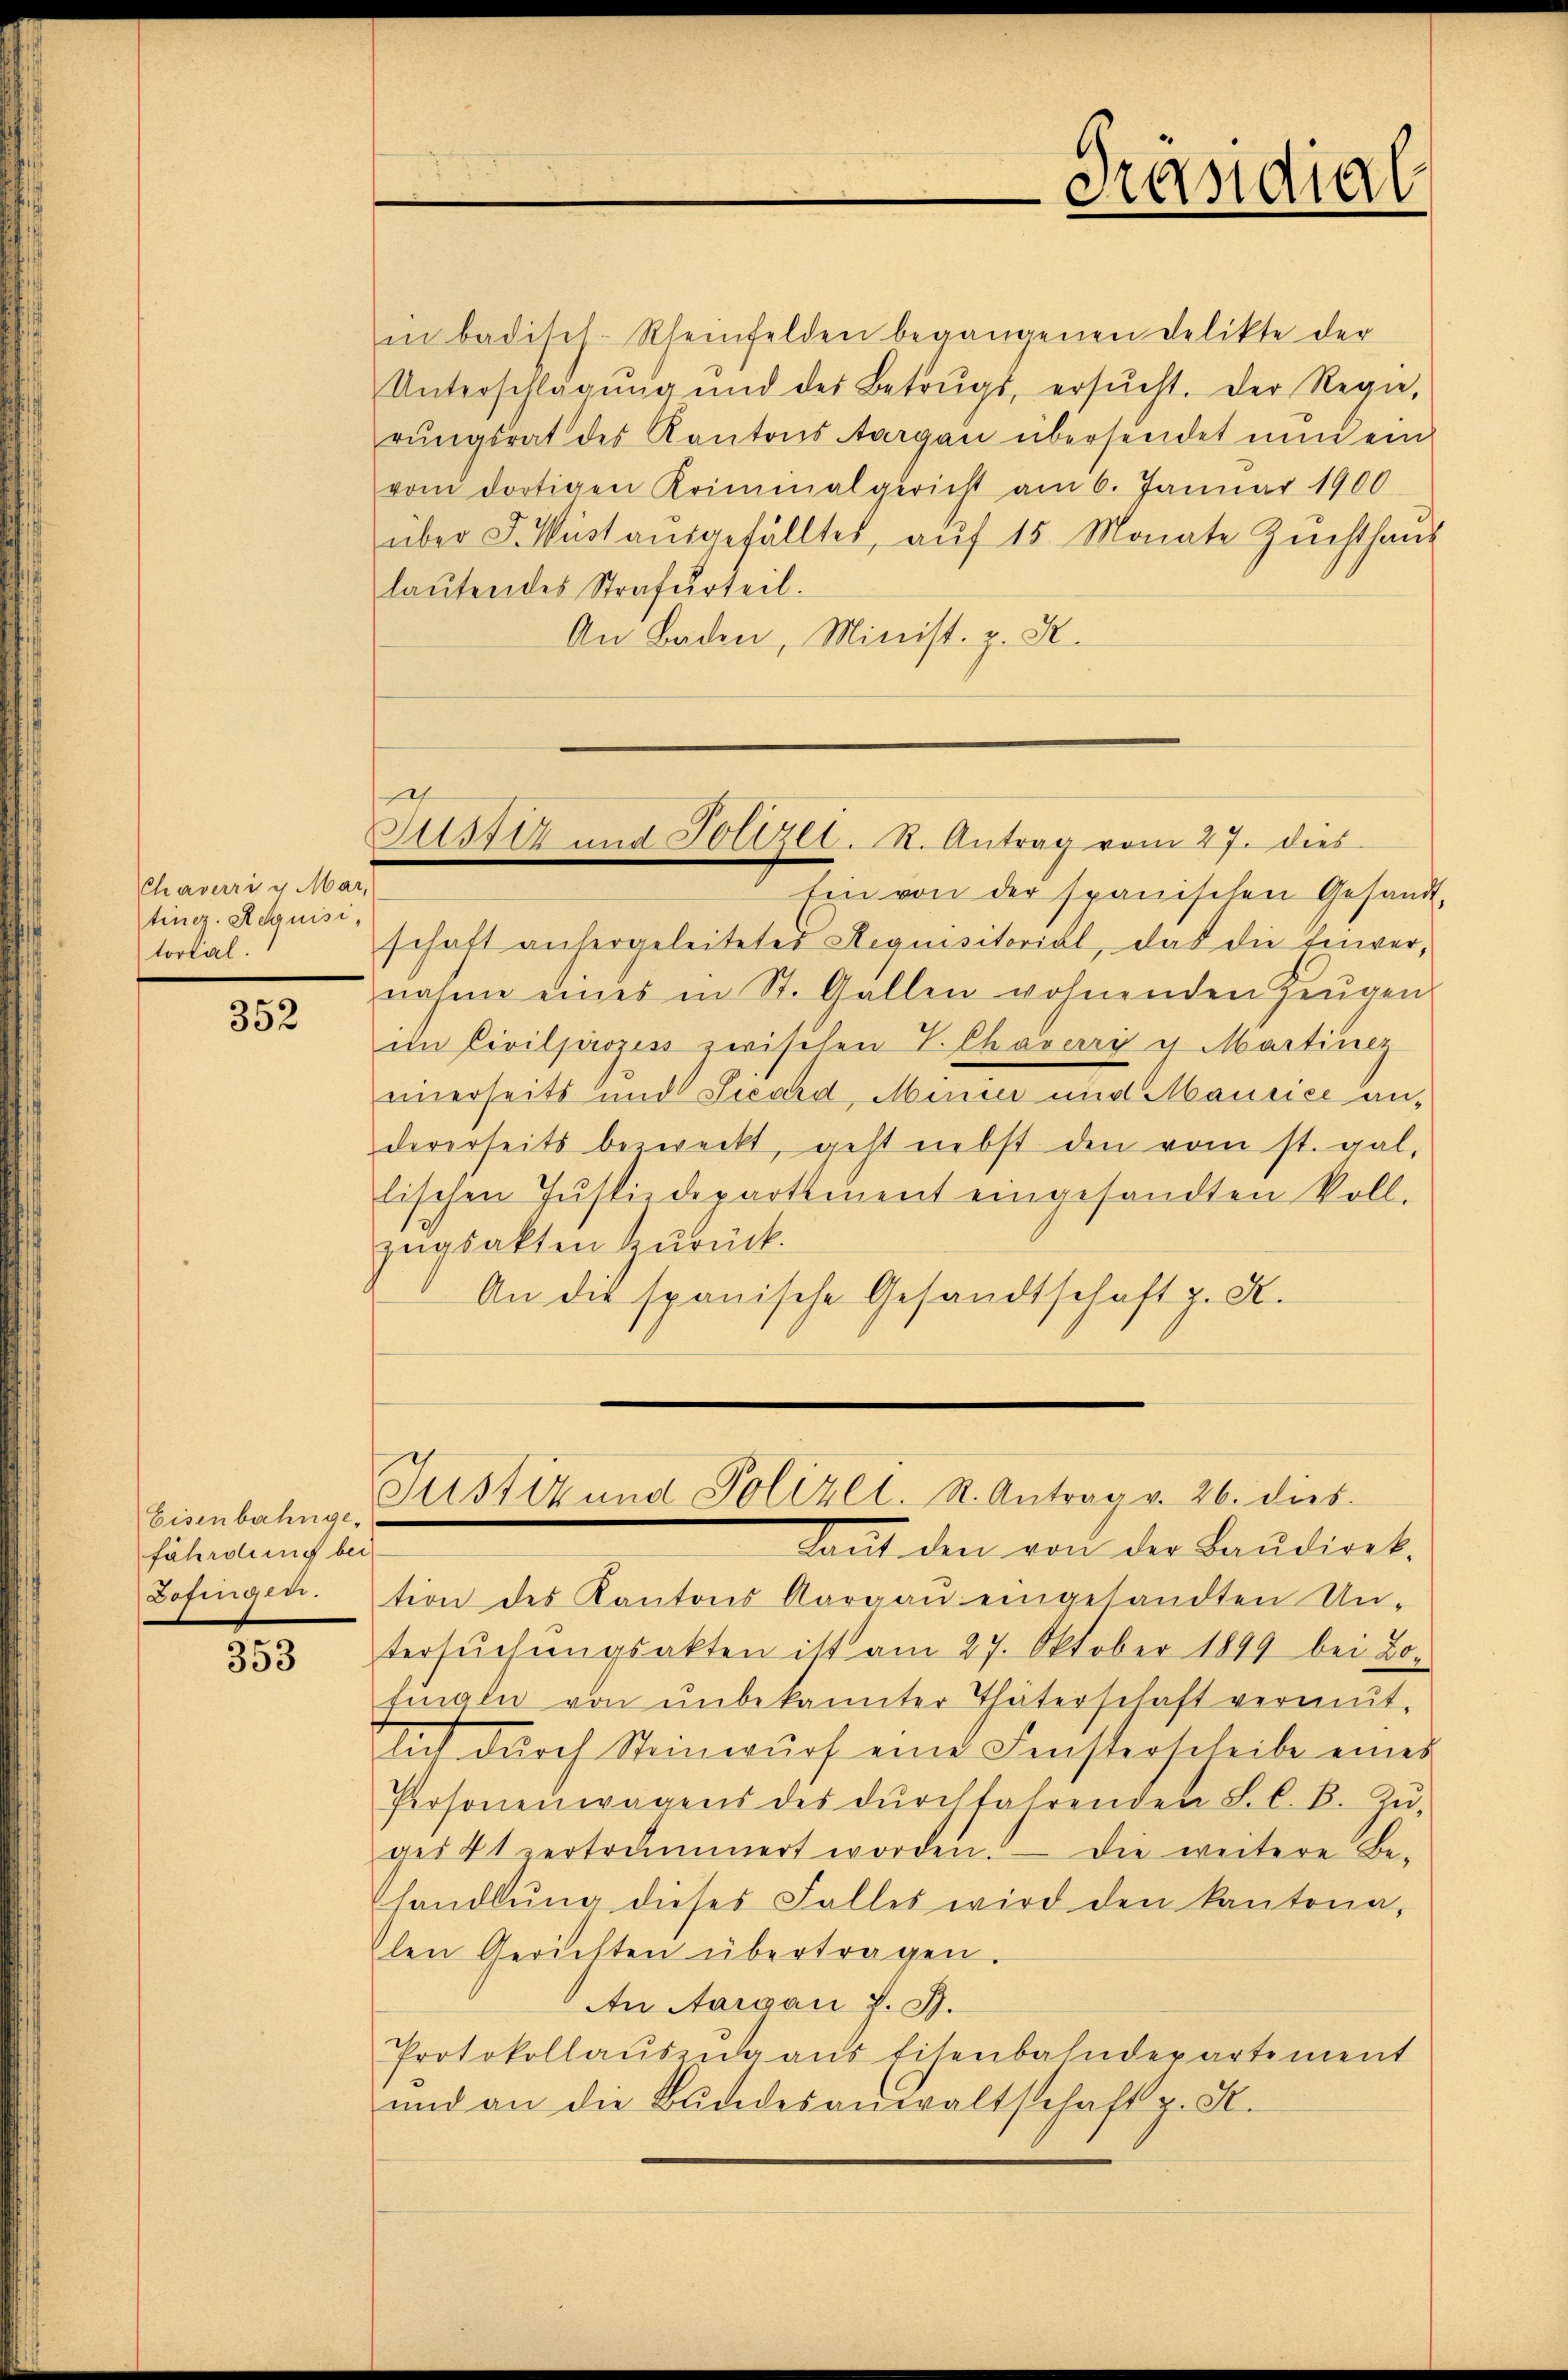
Chaverri u Mar
ting. Aequisi,
tortal.

352

353

in badisch. Rheinfelden begangenen Delikte der
Unterschlagung und der Betrŭgs, ersŭcht. Der Regie-
rŭngsrat des Kantons Aargau übersendet nun ein
vom dortigen Kriminalgericht am 6. Januar 1900
über J. Wüst aŭsgefälltes, aŭf 15 Monate Zŭchthaus
laŭtendes Strafurteil.
An Baden, Minist. z. R.

Justiz und Polizel. R. Antrag vom 27. dies

Eisenbahnge-
fährdung bei
Zofingen.

Präsidial

Ein von der spanischen Gesandt,
schaft anhergeleitetes Requisitorial, das die Einvernahme eines in St. Gallen wohnenden Zeugen
imn Civilprozess zwischen T. Chaverry u. Martiner
einerseits und Seeard, Minier und Maucice andererseits bezweckt, geht nebst den vom st. gal,
lischen Justizdepartement eingesandten Voll-
zugsakten zurück.
An die spanische Gesandtschaft z. R.

Justiz und Polizei. R. Antrag v. 26. dies

Lauf den von der Baŭdiret,
tion des Kantons Aargaŭ eingesandten Un-
tersuchungsakten ist am 27. Oktober 1899 bei Bo-
tingen von ŭnbekannter Thäterschaft vermut-
ait dŭrch Steinwŭrf eine Fensterscheibe eines
Personenwagens des dŭrchfahrenden S. C. B. Zŭ-
ges 4t zertrümmert worden. Die weitere Be-
handlŭng dieses Falles wird den kantona,
len Gerichten übertragen.
An Aargau d. J.
Protokollaŭszŭgaus Eisenbahndepartement
ŭnd an die Bŭndesanwaltschaft u. S.